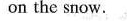
on the snow.